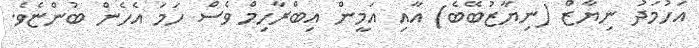
އަހުމަދު ނިޔާޒް (ނިޔާޒުބޭބެ) އާއި އަމީން އިބްރާހިމް ވެސް ހަމަ އެހެން ބުންޏެވެ.